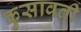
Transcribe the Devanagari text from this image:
कुसावती